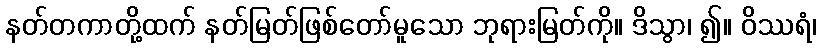
နတ်တကာတို့ထက် နတ်မြတ်ဖြစ်တော်မူသော ဘုရားမြတ်ကို။ ဒိသွာ၊ ၍။ ဝိဿရံ၊